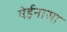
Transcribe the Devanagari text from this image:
येईनासा